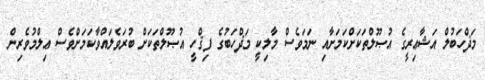
މަޛްހަބުލް އަޝާޢިރީގެ އުޞޫލްތަކަށްކަމަށާއި ނަމަވެސް މާލިކީ މަޛްހަބުގެ ފިޤްހީ އުޞޫލްތަކަށް ބުރަވެލައްވާކަމަށްވެސް ޢިލްމުވެރިން